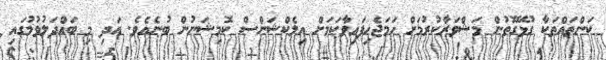
ކަންތައްތަކާ ގުޅޭގޮތުން މަޝްވަރާކުރުމަށް ހަމަޖެހިފައިވާކަމަށް އިލެކްޝަންސް ކޮމިޝަނުން ބުނެއެވެ. އަދި މި ބައްދަލުވުމުގައި